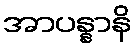
အာပန္နာနိ